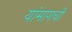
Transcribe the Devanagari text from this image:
यांमागची